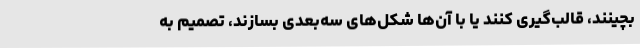
بچینند، قالب‌گیری کنند یا با آن‌ها شکل‌های سه‌بعدی بسازند، تصمیم به